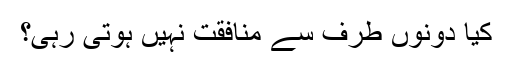
کیا دونوں طرف سے منافقت نہیں ہوتی رہی؟